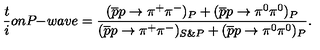
\frac t i o n P \! \! - \! w a v e = { \frac { ( \overline { { p } } p \rightarrow \pi ^ { + } \pi ^ { - } ) _ { P } + ( \overline { { p } } p \rightarrow \pi ^ { 0 } \pi ^ { 0 } ) _ { P } } { ( \overline { { p } } p \rightarrow \pi ^ { + } \pi ^ { - } ) _ { S \& P } + ( \overline { { p } } p \rightarrow \pi ^ { 0 } \pi ^ { 0 } ) _ { P } } } .